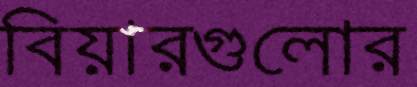
বিয়ারগুলোর